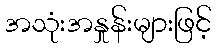
အသုံးအနှုန်းများဖြင့်